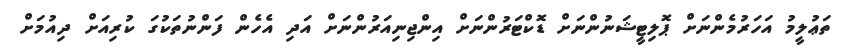
ތަޢުލީމު އަހަރުމެންނަށް ޕޮލިޓީޝަނުންނަށް ޑޮކްޓަރުންނަށް އިންޖިނިއަރުންނަށް އަދި އެހެން ފަންނުތަކުގަ ކުރިއަށް ދިއުމަށް